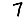
Digit: 7